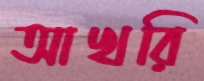
আখরি